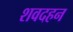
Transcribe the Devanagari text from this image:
शवदहन